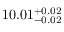
1 0 . 0 1 _ { - 0 . 0 2 } ^ { + 0 . 0 2 }